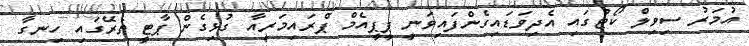
އުމަރު ސިވިލް ކޯޓުގައި އެދިވަޑައިގެންފައިވަނީ ޕީޕީއެމް ޕްރައިމަރީއާ ގުޅިގެން ޕާޓީ ތެރޭގައި ހިނގާ